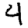
Digit: 4